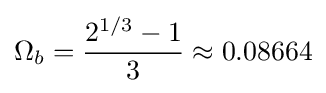
\Omega _{b}={\frac {2^{1/3}-1}{3}}\approx 0.08664